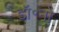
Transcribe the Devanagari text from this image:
डॉ॰नो